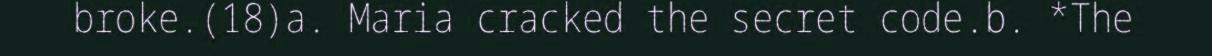
broke.(18)a. Maria cracked the secret code.b. *The